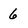
Character: 6